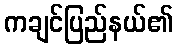
ကချင်ပြည်နယ်၏